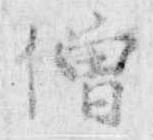
僧